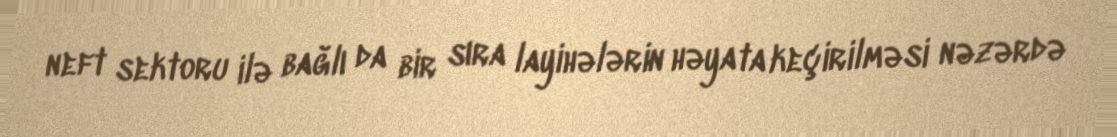
neft sektoru ilə bağlı da bir sıra layihələrin həyata keçirilməsi nəzərdə